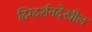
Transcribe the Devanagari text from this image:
दिग्दर्शनदेखील